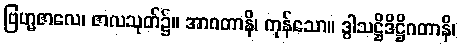
ဗြဟ္မဇာလေ၊ ဇာလသုတ်၌။ အာဂတာနိ၊ ကုန်သော။ ဒွါသဋ္ဌိဒိဋ္ဌိဂတာနိ၊